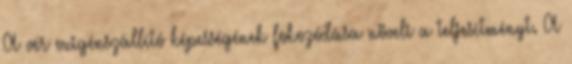
A vér oxigénszállító képességének fokozódása növeli a teljesítményt. A